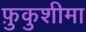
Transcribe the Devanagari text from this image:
फ़ुकुशीमा